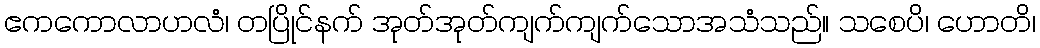
ဧကကောလာဟလံ၊ တပြိုင်နက် အုတ်အုတ်ကျက်ကျက်သောအသံသည်။ သစေပိ၊ ဟောတိ၊